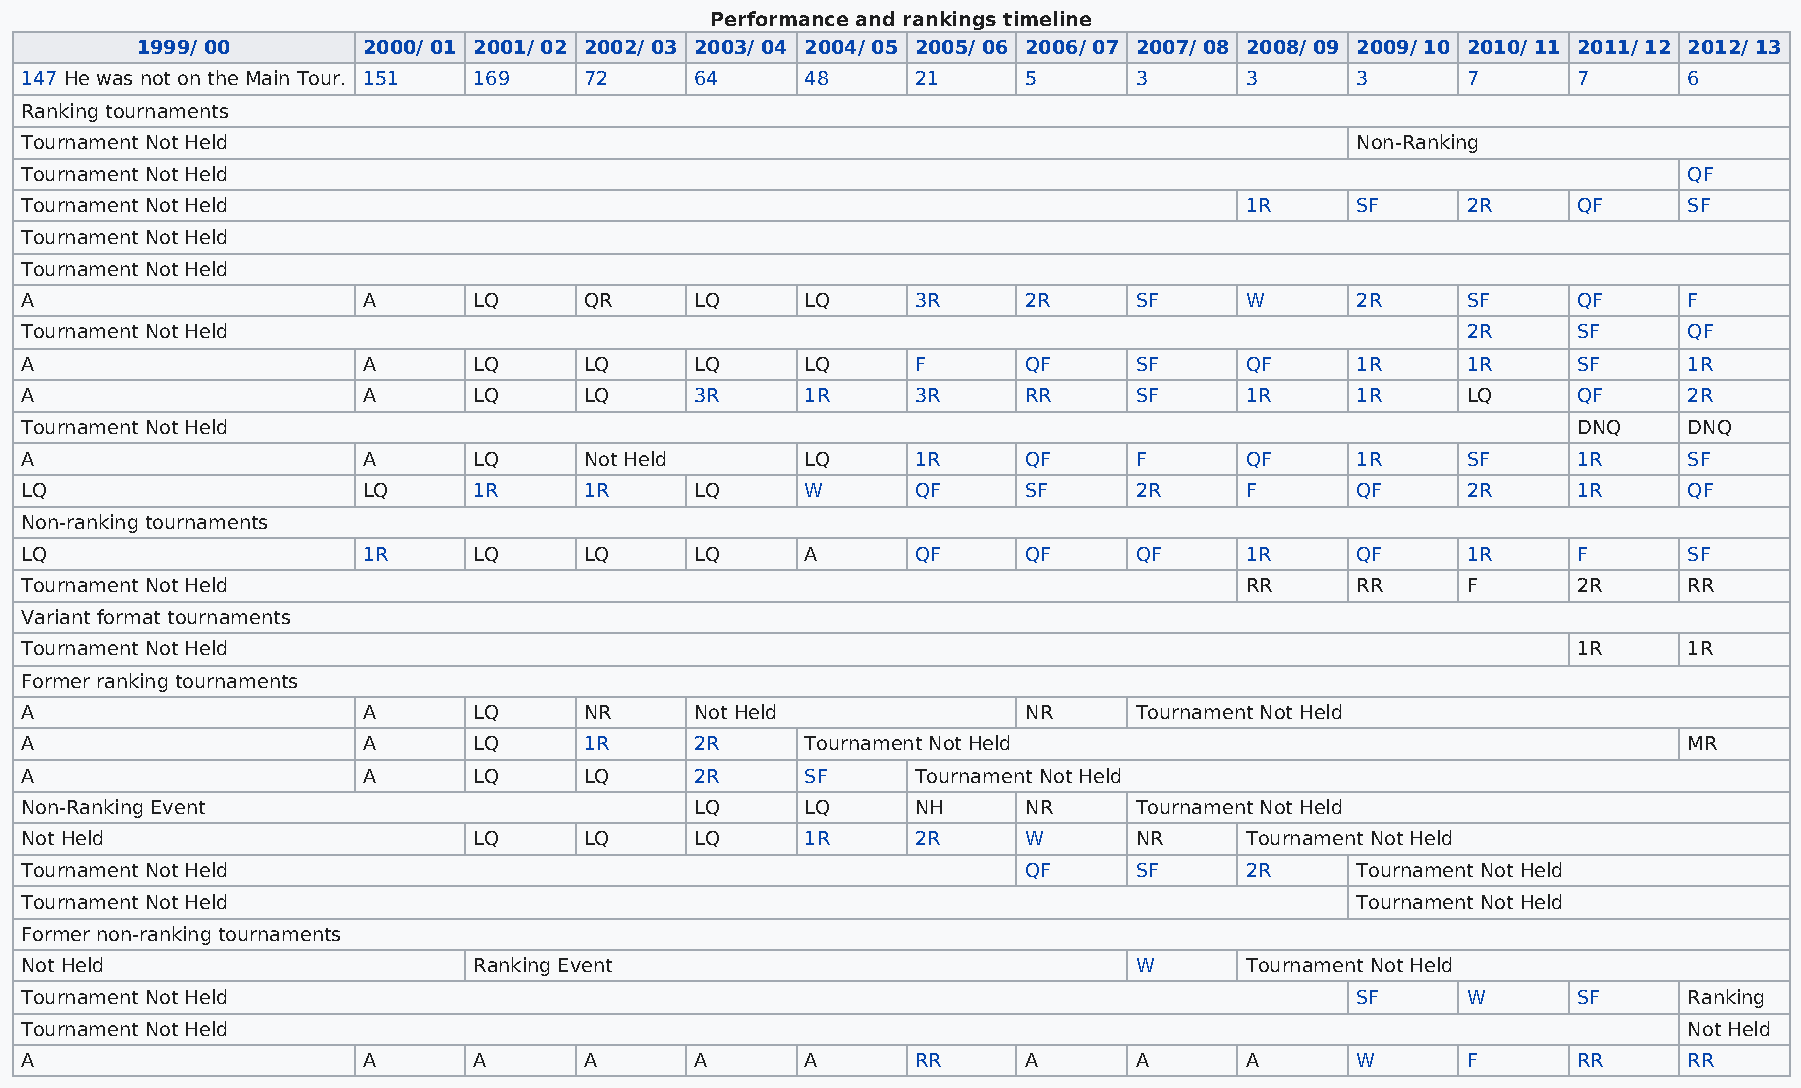
Performance and rankings timeline
 1999/ 00       2000/ 01 2001/ 02 2002/ 03 2003/ 04 2004/ 05 2005/ 06 2006/ 07 2007/ 08 2008/ 09 2009/ 10 2010/ 11 2011/ 12 2012/ 13
 147 He was not on the Main Tour. 151 169 72  64     48      21     5      3      3       3      7      7       6
 Ranking tournaments
 Tournament Not Held                                                                      Non-Ranking
 Tournament Not Held                                                                                            QF
 Tournament Not Held                                                              1R      SF     2R     QF      SF
 Tournament Not Held
 Tournament Not Held
 A                      A      LQ      QR     LQ     LQ      3R     2R     SF     W       2R     SF     QF      F
 Tournament Not Held                                                                             2R     SF      QF
 A                      A      LQ      LQ     LQ     LQ      F      QF     SF     QF      1R     1R     SF      1R
 A                      A      LQ      LQ     3R     1R      3R     RR     SF     1R      1R     LQ     QF      2R
 Tournament Not Held                                                                                    DNQ     DNQ
 A                      A      LQ      Not Held      LQ      1R     QF     F      QF      1R     SF     1R      SF
 LQ                     LQ     1R      1R     LQ     W       QF     SF     2R     F       QF     2R     1R      QF
 Non-ranking tournaments
 LQ                     1R     LQ      LQ     LQ     A       QF     QF     QF     1R      QF     1R     F       SF
 Tournament Not Held                                                              RR      RR     F      2R      RR
 Variant format tournaments
 Tournament Not Held                                                                                    1R      1R
 Former ranking tournaments
 A                      A      LQ      NR     Not Held              NR     Tournament Not Held
 A                      A      LQ      1R     2R     Tournament Not Held                                        MR
 A                      A      LQ      LQ     2R     SF      Tournament Not Held
 Non-Ranking Event                            LQ     LQ      NH     NR     Tournament Not Held
 Not Held                      LQ      LQ     LQ     1R      2R     W      NR     Tournament Not Held
 Tournament Not Held                                                QF     SF     2R      Tournament Not Held
 Tournament Not Held                                                                      Tournament Not Held
 Former non-ranking tournaments
 Not Held                      Ranking Event                               W      Tournament Not Held
 Tournament Not Held                                                                      SF     W      SF      Ranking
 Tournament Not Held                                                                                            Not Held
 A                      A      A       A      A      A       RR     A      A      A       W      F      RR      RR